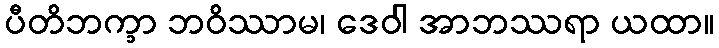
ပီတိဘက္ခာ ဘဝိဿာမ၊ ဒေဝါ အာဘဿရာ ယထာ။